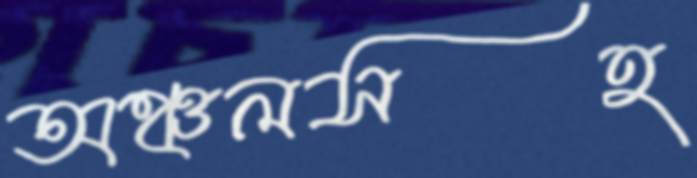
অঞ্চলসহ